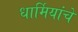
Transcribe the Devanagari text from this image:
धार्मियांचे